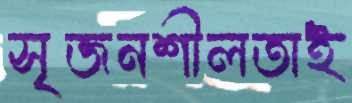
সৃজনশীলতাই